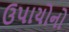
ઉપાયોનો